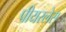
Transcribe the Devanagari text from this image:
पीयरलेस